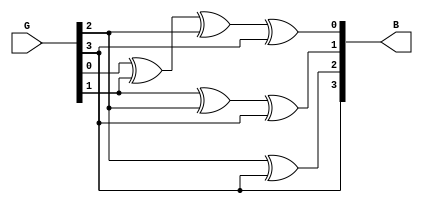
// Module Name:    Gray_to_Binary_Converter 

module Gray_to_Binary_Converter(B,G);
	input [3:0] G;
	output [3:0] B;
	assign B[0] = G[0] ^ G[1] ^ G[2] ^ G[3];
	assign B[1] = G[1] ^ G[2] ^ G[3];
	assign B[2] = G[2] ^ G[3];
	assign B[3] = G[3];
endmodule